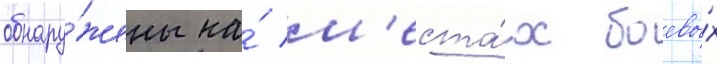
обнару́жены на́ м'еста́х боевы́х